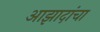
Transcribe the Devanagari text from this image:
आझादांचा